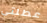
عطلتي